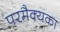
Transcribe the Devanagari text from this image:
परमैक्यका